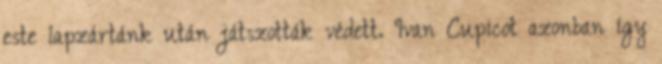
este lapzártánk után játszották védett. Ivan Cupicot azonban így